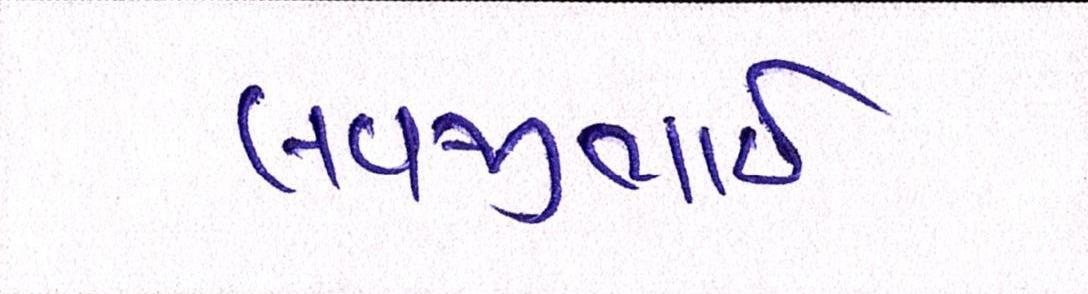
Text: લવજીભાઇ